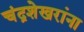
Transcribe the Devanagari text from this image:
चंद्रशेखरांना